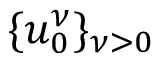
\{ u _ { 0 } ^ { \nu } \} _ { \nu > 0 }